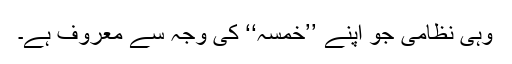
وہی نظامی جو اپنے ’’خمسہ‘‘ کی وجہ سے معروف ہے۔